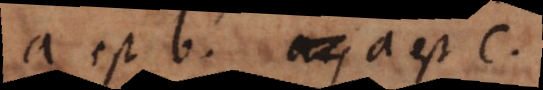
a est b, aeq a est c,